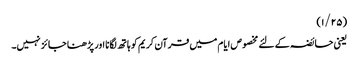
(۱/۲۵)
یعنی حائضہ کے لئے مخصوص ایام میں قرآن کریم کو ہاتھ لگانا اور پڑھنا جائز نہیں۔